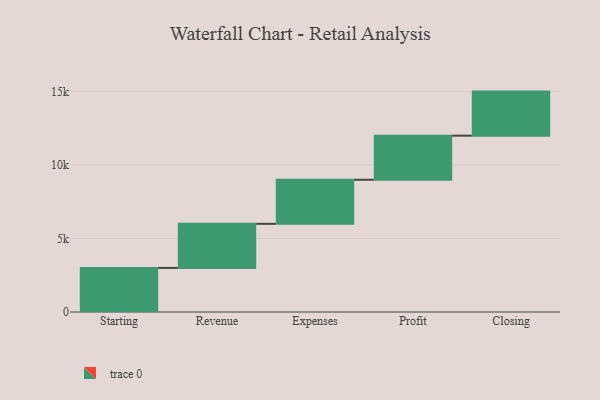
{"axis": {"x": "Step", "y": "Value"}, "legend": [""], "data": [{"x": "Starting", "y": 3000, "type": ""}, {"x": "Revenue", "y": 3000, "type": ""}, {"x": "Expenses", "y": 3000, "type": ""}, {"x": "Profit", "y": 3000, "type": ""}, {"x": "Closing", "y": 3000, "type": ""}]}